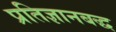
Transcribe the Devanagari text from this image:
प्रतिज्ञानबद्ध